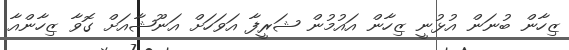
ޒިހާން ބުނަން އުޅުނީ ޒިހާން އައުމުން ޝަރީފާ އަވަހަށް އަނޫޝާއަށް ގޮވާ ޒިހާންއާ